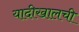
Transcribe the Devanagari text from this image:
यादीखालची